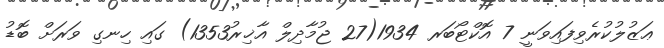
ޢަޒުލުކުރެވިފައިވަނީ 7 އޮކްޓޯބަރ 1934(27 ޖުމާދިލް އާޚިރު1353) ގައި ހިނގި ވަރަށް ބޮޑު